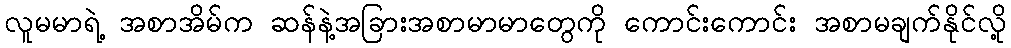
လူမမာရဲ့ အစာအိမ်က ဆန်နဲ့အခြားအစာမာမာတွေကို ကောင်းကောင်း အစာမချက်နိုင်လို့